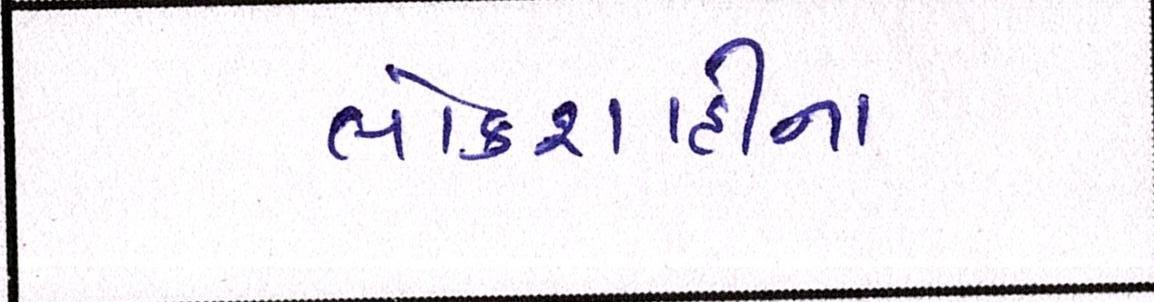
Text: લોકશાહીના